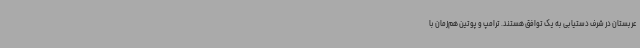
عربستان در شرف دستیابی به یک توافق هستند. ترامپ و پوتین هم‌زمان با